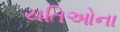
યતિઓના